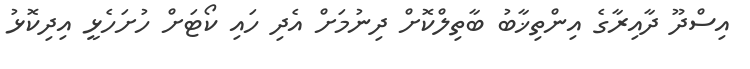
އިސްދޫ ދާއިރާގެ އިންތިޚާބު ބާތިލްކޮށް ދިނުމަށް އެދި ހައި ކޯޓަށް ހުށަހެޅީ އިދިކޮޅު